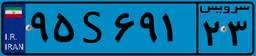
۹۵S۶۹۱۲۳